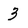
Character: 3